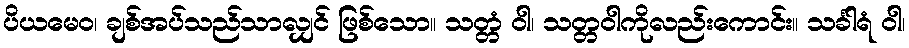
ပိယမေဝ၊ ချစ်အပ်သည်သာလျှင် ဖြစ်သော။ သတ္တံ ဝါ၊ သတ္တဝါကိုလည်းကောင်း။ သင်္ခါရံ ဝါ၊